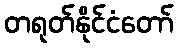
တရုတ်နိုင်ငံတော်